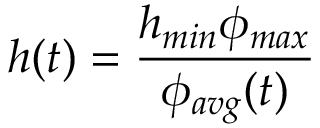
h ( t ) = \frac { h _ { m i n } \phi _ { m a x } } { \phi _ { a v g } ( t ) }